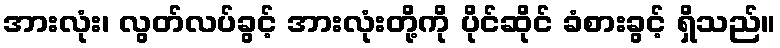
အားလုံး၊ လွတ်လပ်ခွင့် အားလုံးတို့ကို ပိုင်ဆိုင် ခံစားခွင့် ရှိသည်။